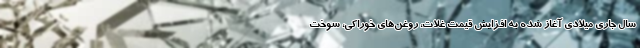
سال جاری میلادی آغاز شده به افزایش قیمت غلات، روغن‌های خوراکی، سوخت